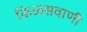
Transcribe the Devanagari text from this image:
किळसवाणी